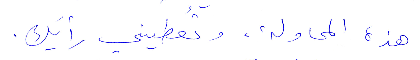
هذه المحاولة، وتعطيني رأيك.